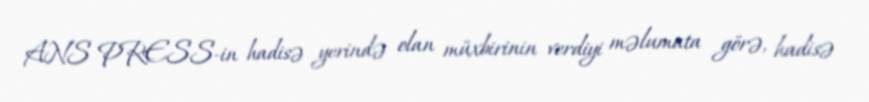
ANS PRESS-in hadisə yerində olan müxbirinin verdiyi məlumata görə, hadisə